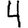
Digit: 4